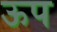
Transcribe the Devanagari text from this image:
ऊप